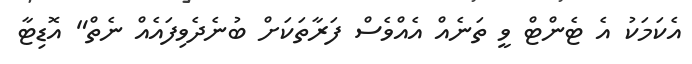
އެކަމަކު އެ ޓެންޓް ވީ ތަނެއް އެއްވެސް ފަރާތަކަށް ބުނެދެވިފައެއް ނެތް" އޮޑިޓާ